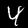
Digit: 4